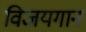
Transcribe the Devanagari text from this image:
विजयगान